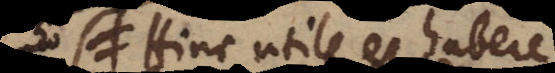
Hinc utile est habere